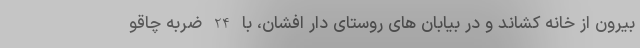
بیرون از خانه کشاند و در بیابان های روستای دار افشان، با 24 ضربه چاقو